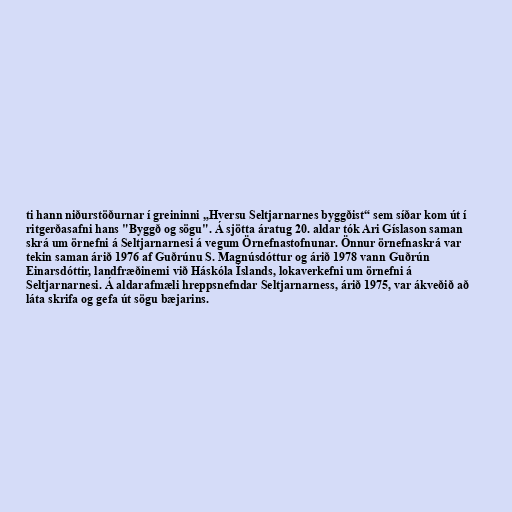
ti hann niðurstöðurnar í greininni „Hversu Seltjarnarnes byggðist“ sem síðar kom út í
ritgerðasafni hans "Byggð og sögu". Á sjötta áratug 20. aldar tók Ari Gíslason saman
skrá um örnefni á Seltjarnarnesi á vegum Örnefnastofnunar. Önnur örnefnaskrá var
tekin saman árið 1976 af Guðrúnu S. Magnúsdóttur og árið 1978 vann Guðrún
Einarsdóttir, landfræðinemi við Háskóla Íslands, lokaverkefni um örnefni á
Seltjarnarnesi. Á aldarafmæli hreppsnefndar Seltjarnarness, árið 1975, var ákveðið að
láta skrifa og gefa út sögu bæjarins.